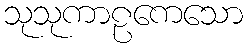
သုသုကာဠကေသော